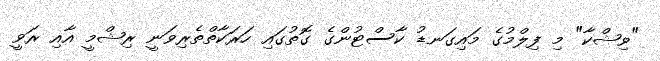
"ވިޝްކާ" މި ފިލްމުގެ މައިގަނޑު ކާސްޓުންގެ ގޮތުގައި ހަރަކާތްތެރިވަނީ ރިޝްމީ އާއި ރަވީ